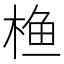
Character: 𮲵